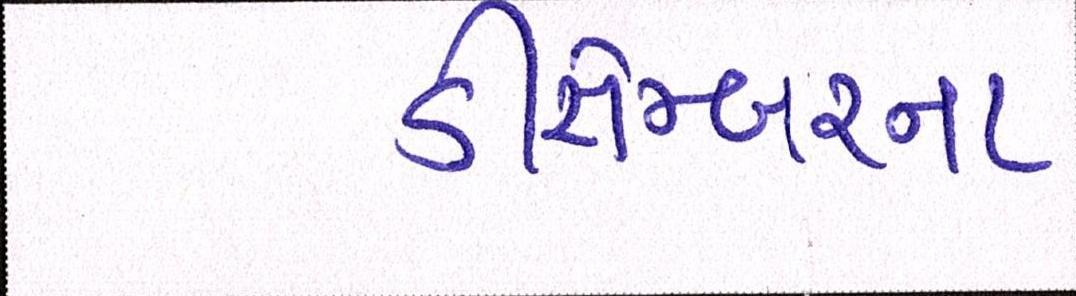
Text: ડીસેમ્બરના